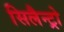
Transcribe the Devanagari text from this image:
सिलैन्ट्रो